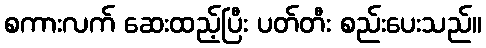
စကားလက် ဆေးထည့်ပြီး ပတ်တီး စည်းပေးသည်။